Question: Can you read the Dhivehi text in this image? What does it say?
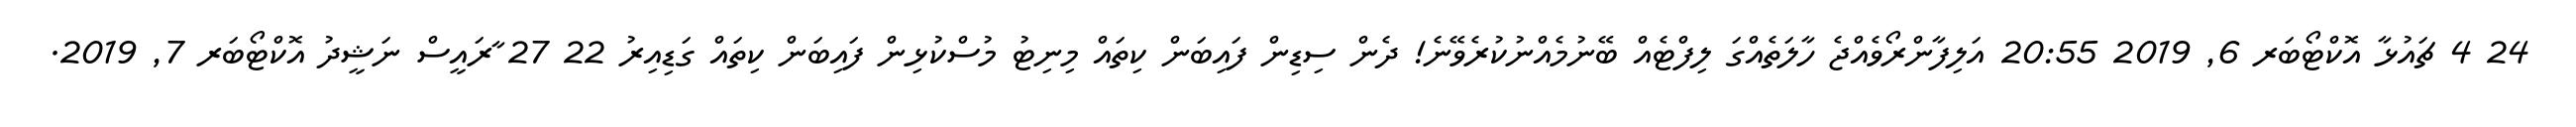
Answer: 24 4 ޗައުޅާ އޮކްޓޯބަރ 6, 2019 20:55 އަލިފާންރޯވެއްޖެ ހާލަތެއްގަ ލިފްޓެއް ބޭނުމެއްނުކުރެވޭނެ! ދެން ސިޑިން ފައިބަން ކިތައް މިނިޓު މުސްކުޅިން ފައިބަން ކިތައް ގަޑިއިރު 22 27 ާރައީސް ނަޝީދު އޮކްޓޯބަރ 7, 2019.